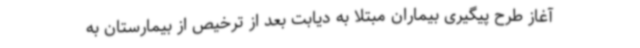
آغاز طرح پیگیری بیماران مبتلا به دیابت بعد از ترخیص از بیمارستان به